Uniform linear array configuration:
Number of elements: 8
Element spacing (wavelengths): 1
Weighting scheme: binomial
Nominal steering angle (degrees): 45
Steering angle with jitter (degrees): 46.304
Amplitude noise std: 0.05
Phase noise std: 0.05

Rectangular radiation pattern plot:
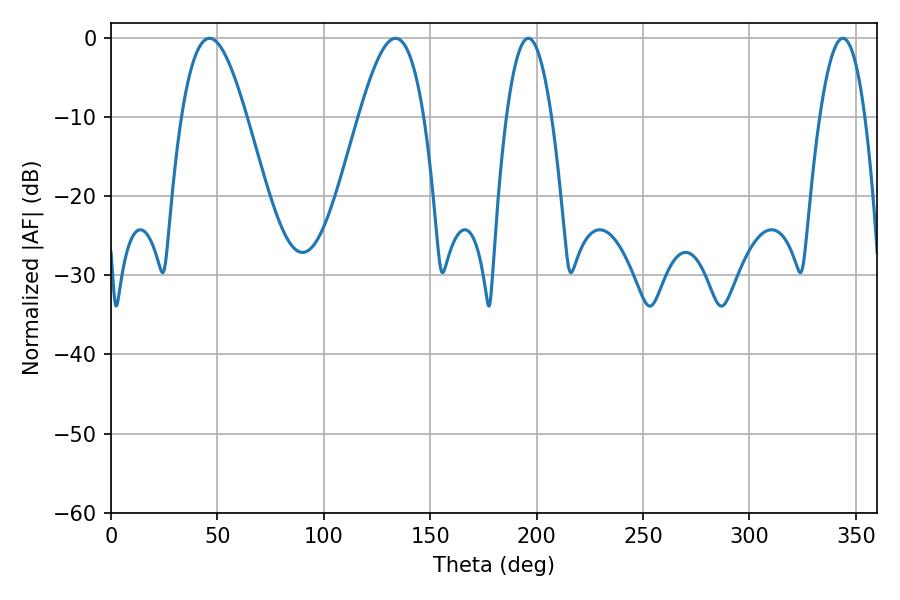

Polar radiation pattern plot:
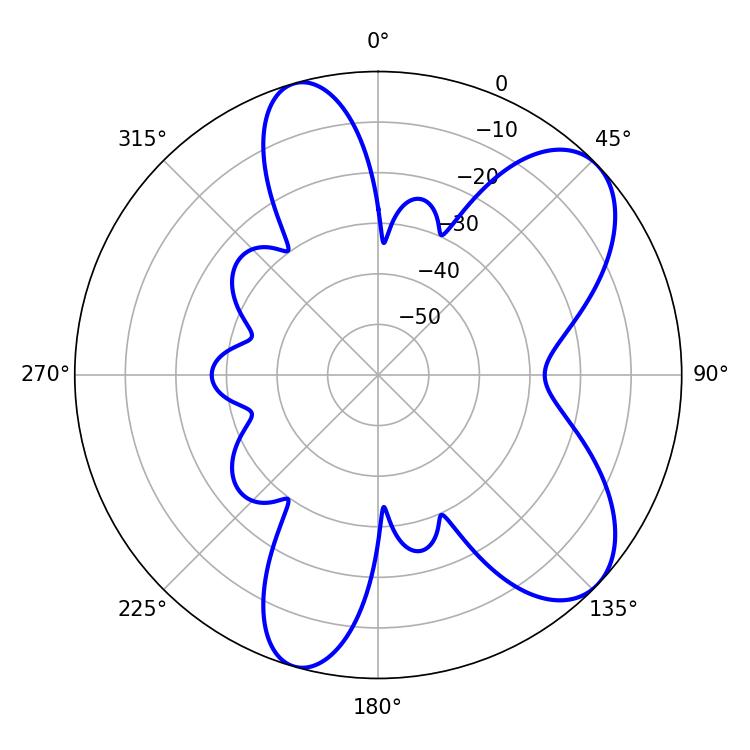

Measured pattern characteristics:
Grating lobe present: TRUE
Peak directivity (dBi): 7.74
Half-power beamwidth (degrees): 16.38
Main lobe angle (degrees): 46.26